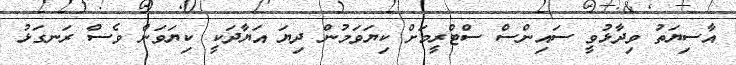
އާސިޔަތު ވިދާޅުވީ ސައިންސް ސްޓްރީމަށް ކިޔަވަމުން ދިޔަ އަޔާދަކީ ކިޔަވަން ވެސް ރަނގަޅު